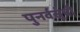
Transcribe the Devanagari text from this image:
पुनर्वसूंची